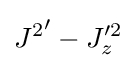
{J^{2}}'-J_{z}'^{2}